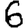
Digit: 6